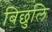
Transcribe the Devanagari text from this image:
बिछुलि